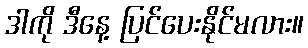
ဒါကို ဒီနေ့ ပြင်ပေးနိုင်မလား။